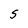
Character: S